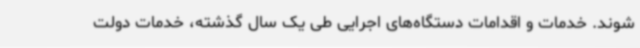
شوند. خدمات و اقدامات دستگاه‌های اجرایی طی یک سال گذشته، خدمات دولت